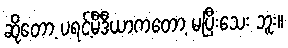
ဆိုတော့ ပရင့်မီဒီယာကတော့ မပြီးသေး ဘူး။